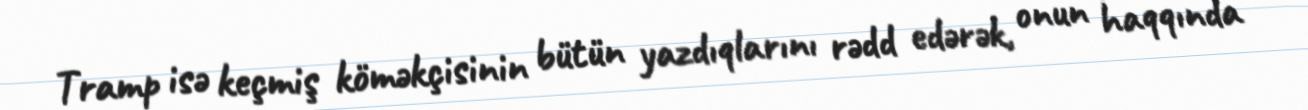
Tramp isə keçmiş köməkçisinin bütün yazdıqlarını rədd edərək, onun haqqında